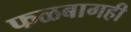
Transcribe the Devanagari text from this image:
फळबागही